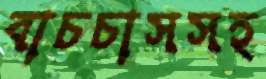
বাচচাসসহ